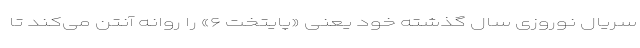
سریال نوروزی سال گذشته خود یعنی «پایتخت ۶» را روانه آنتن می‌کند تا